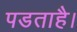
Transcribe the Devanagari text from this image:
पडताहै।